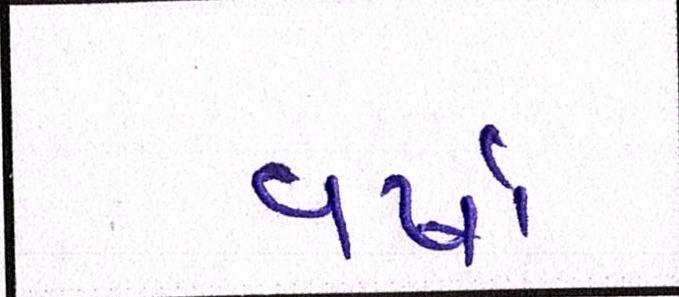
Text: વર્ષા